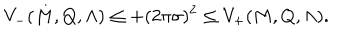
LaTeX: V _ { - } ( M , Q , \Lambda ) \leq + ( 2 \pi \sigma ) ^ { 2 } \leq V _ { + } ( M , Q , \Lambda ) .